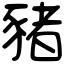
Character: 豬